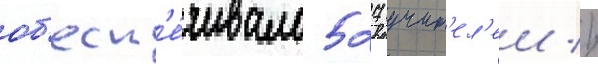
об'есп'е́чивало 527 учит'ел'еи //